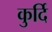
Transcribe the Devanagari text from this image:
कुर्दि